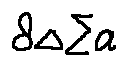
8 \Delta \sum a